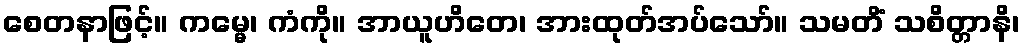
စေတနာဖြင့်။ ကမ္မေ၊ ကံကို။ အာယူဟိတေ၊ အားထုတ်အပ်သော်။ သမတိံ သစိတ္တာနိ၊